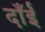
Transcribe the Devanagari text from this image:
दाँईं